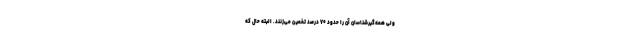
ولی همه‌گیرشناسان آن را حدود ۷۰ درصد تخمین می‌زنند. البته حال که